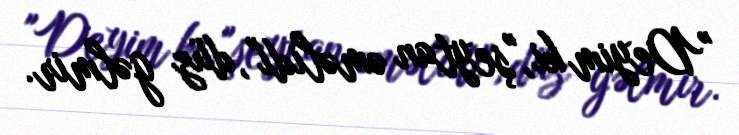
"Deyim ki, "şeytan əməlidi", düz gəlmir.